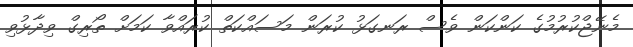
މެނޭޖްކުރުމުގެ ކަންކަން ވެސް ރަނގަޅު ކުރަން މަސައްކަތް ކުރައްވާ ކަމަށް ތޯރިގް ވިދާޅުވި